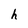
Character: h